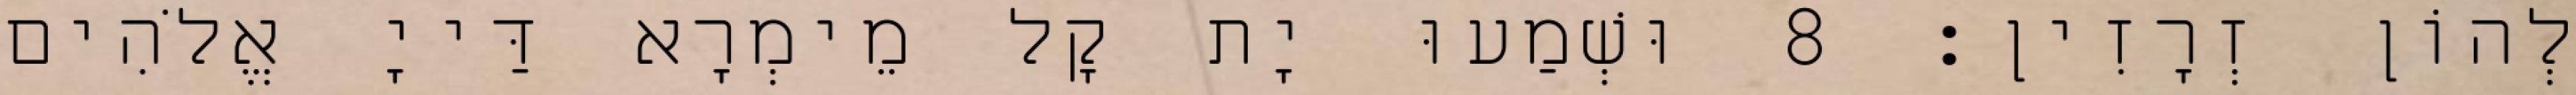
לְהוֹן זְרָזִין׃ 8 וּשְׁמַעוּ יָת קָל מֵימְרָא דַּייָ אֱלֹהִים